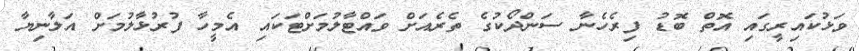
ވަޅުކައިރީގައި އޮތް ބޮޑު ފިރެހެނާ ސަންދޯކުގެ ތެރެއަށް ވައްޓާލުމަށްޓަކައި އެމީހާ ފުރުޅާލުމަށް އަލާނިޔާ